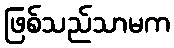
ဖြစ်သည်သာမက